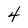
Character: 4